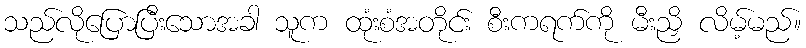
သည်လိုပြောပြီးသောအခါ သူက ထုံးစံအတိုင်း စီးကရက်ကို မီးညှိ လိမ့်မည်။